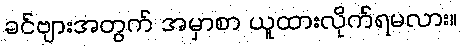
ခင်ဗျားအတွက် အမှာစာ ယူထားလိုက်ရမလား။